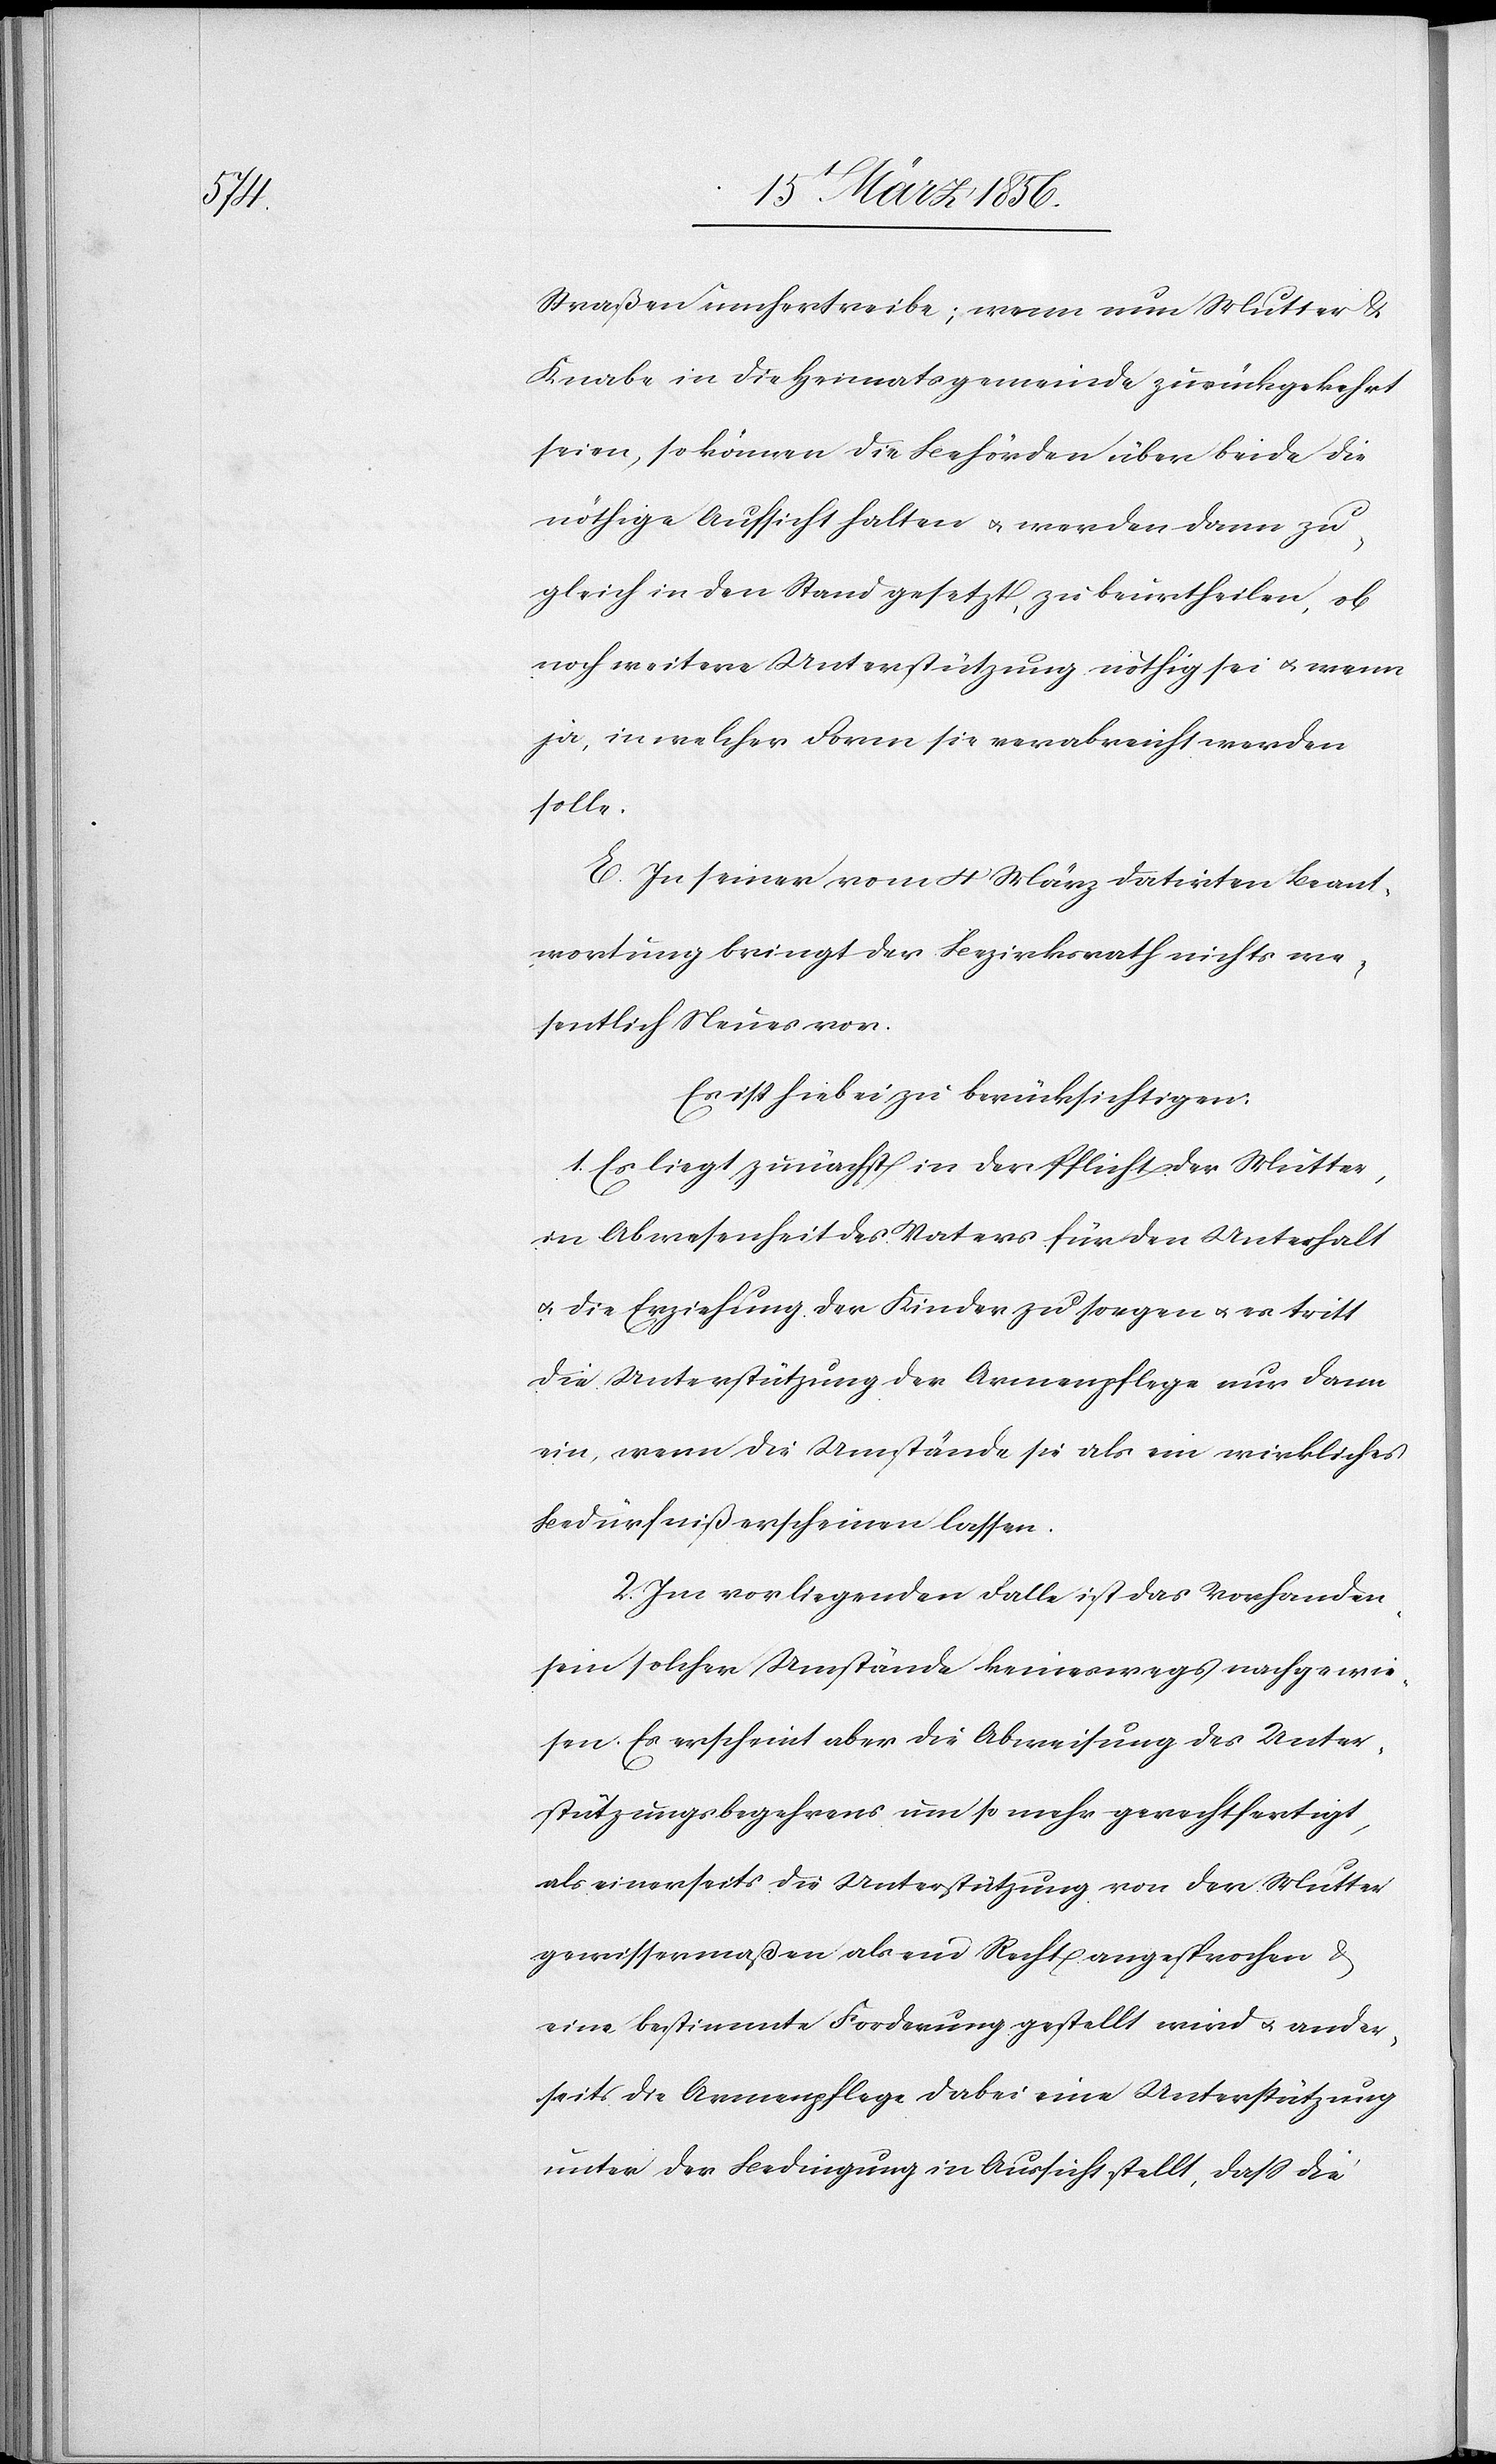
Straßen umhertreibe; wenn nun Mutter &
Knabe in die Heimatsgemeinde zurückgekehrt
seien, so können die Behörden über beide die
nöthige Aufsicht halten u. werden dann zu¬
gleich in den Stand gesetzt, zu beurtheilen, ob
noch weitere Unterstützung nöthig sei u. wenn
ja, in welcher Form sie verabreicht werden
solle.
E. In seiner vom 4 März datirten Beant¬
wortung bringt der Bezirksrath nichts we¬
sentlich Neues vor.
Es ist hiebei zu berücksichtigen:
1. Es liegt zunächst in der Pflicht der Mutter,
in Abwesenheit des Vaters für den Unterhalt
u. die Erziehung der Kinder zu sorgen u. es tritt
die Unterstützung der Armenpflege nur dann
ein, wenn die Umstände sie als ein wirkliches
Bedürfniß erscheinen lassen.
2. Im vorliegenden Falle ist das Vorhanden¬
sein solcher Umstände keineswegs nachgewie¬
sen. Es erschient aber die Abweisung des Unter¬
stützungsbegehrens um so mehr gerechtfertigt,
als einerseits die Unterstützung von der Mutter
gewissermaßen als ein Recht angesprochen &
eine bestimmte Forderung gestellt wird u. ander¬
seits die Armenpflege dabei eine Unterstützung
unter der Bedingung in Aussicht stellt, daß die